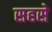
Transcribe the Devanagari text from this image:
सहसे